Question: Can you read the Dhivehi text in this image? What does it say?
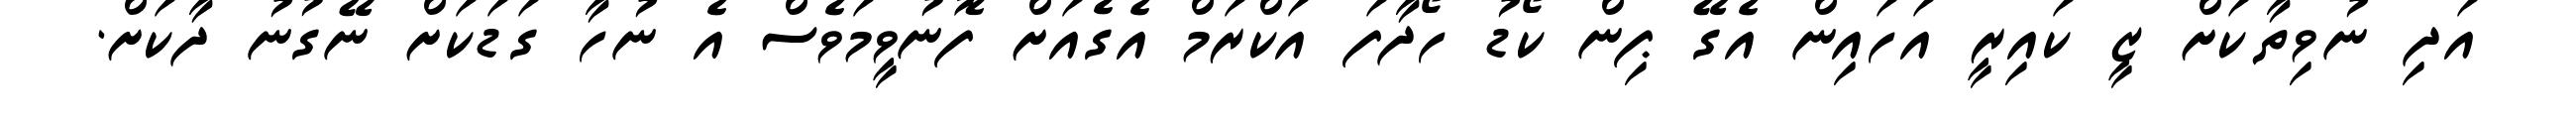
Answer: އަދި ނުވިތާކަށް ޒީ ކައިރީ އަހައިން އެގޭ ޕިން ކޯޑު ހޯދާފަ އަކްރަމް އެގެއަށް ފޮނުވީމަވެސް އެ ނުހާ ގަޑަކަށް ނޭގުނު ދާކަށް.